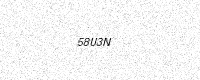
Text: 58U3N